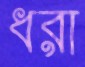
ধরা